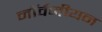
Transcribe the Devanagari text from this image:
नॉर्वेजीयन